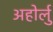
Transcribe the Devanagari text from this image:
अहोर्लु